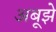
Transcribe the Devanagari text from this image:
अबूझे